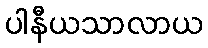
ပါနီယသာလာယ